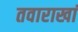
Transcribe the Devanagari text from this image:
तवाराखां